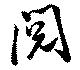
閲